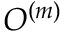
{ \cal O } ^ { ( m ) }